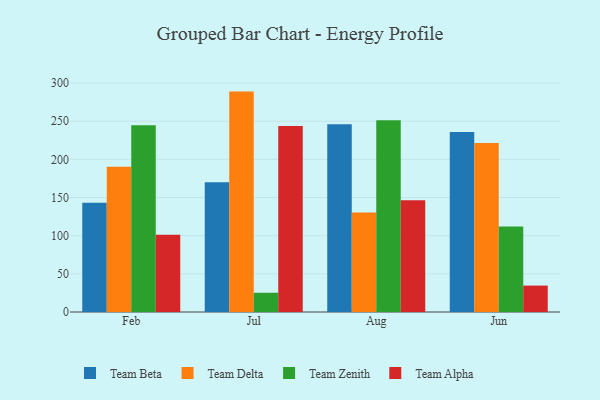
{"axis": {"x": "Month", "y": "Temperature (°C)"}, "legend": ["Team Alpha", "Team Beta", "Team Delta", "Team Zenith"], "data": [{"x": "Feb", "y": 143.1, "type": "Team Beta"}, {"x": "Feb", "y": 190.4, "type": "Team Delta"}, {"x": "Feb", "y": 244.8, "type": "Team Zenith"}, {"x": "Feb", "y": 101.1, "type": "Team Alpha"}, {"x": "Jul", "y": 170.0, "type": "Team Beta"}, {"x": "Jul", "y": 288.8, "type": "Team Delta"}, {"x": "Jul", "y": 25.2, "type": "Team Zenith"}, {"x": "Jul", "y": 243.7, "type": "Team Alpha"}, {"x": "Aug", "y": 246.1, "type": "Team Beta"}, {"x": "Aug", "y": 130.3, "type": "Team Delta"}, {"x": "Aug", "y": 251.1, "type": "Team Zenith"}, {"x": "Aug", "y": 146.5, "type": "Team Alpha"}, {"x": "Jun", "y": 236.0, "type": "Team Beta"}, {"x": "Jun", "y": 221.4, "type": "Team Delta"}, {"x": "Jun", "y": 112.0, "type": "Team Zenith"}, {"x": "Jun", "y": 34.6, "type": "Team Alpha"}]}